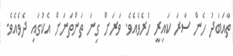
ތާއަބަދު ހެން ސާރަ ކައިރީ ހުރެވެއެވެ. ވަރަށް ގިނަ ތަންތަނަށް އެކުގައި ދެވެއެވެ.